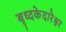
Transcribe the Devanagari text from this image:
बृध्दकेदारेश्वर